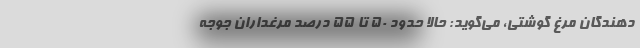
دهندگان مرغ گوشتی، می‌گوید: حالا حدود ۵۰ تا ۵۵ درصد مرغداران جوجه